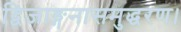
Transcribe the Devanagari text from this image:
द्विजाङ्गनासमुद्धरण।